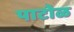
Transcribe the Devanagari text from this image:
पाटोळ